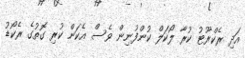
އަދި ރެކްރޫޓު ކުރާ ލޯކަލް ކުންފުނިން ވެސް އެކަން ކުރި ގޮތުގެ ރެކޯޑު